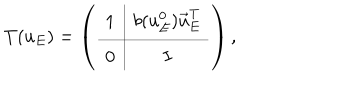
LaTeX: T ( u _ { E } ) = \left( \begin{array} { c | c } { { 1 } } & { { b ( u _ { E } ^ { 0 } ) \vec { u } _ { E } ^ { \mathrm { T } } } } \\ \hline { { 0 } } & { { I } } \\ \end{array} \right) ,